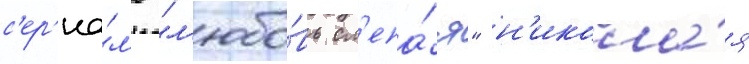
с'ер'иа́л'е "л'юбо́вь сл'епа́я" н'икола́я